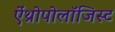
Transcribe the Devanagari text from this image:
ऐंथ्रोपोलॉजिस्ट